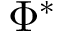
\Phi ^ { \ast }